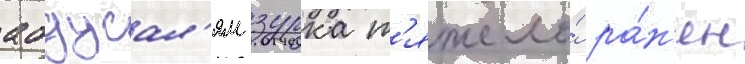
абдусал'ям зурка т'яжело́ ра́н'ен